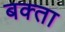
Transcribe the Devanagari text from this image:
बक्‍ता